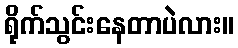
ရိုက်သွင်းနေတာပဲလား။